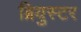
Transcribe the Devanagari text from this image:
ब्रियुस्टर